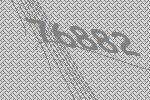
76882